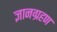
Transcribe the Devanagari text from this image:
ज्ञानग्रहण